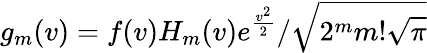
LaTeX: g_{m}(v)=f(v)H_{m}(v)e^{\frac{v^{2}}{2}}/\sqrt{2^{m}m!\sqrt{\pi}}